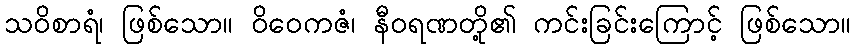
သဝိစာရံ၊ ဖြစ်သော။ ဝိဝေကဇံ၊ နီဝရဏတို့၏ ကင်းခြင်းကြောင့် ဖြစ်သော။